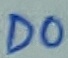
Text: D0